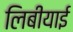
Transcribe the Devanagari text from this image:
लिबीयाई